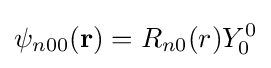
\psi _{n00}(\mathbf {r} )=R_{n0}(r)Y_{0}^{0}